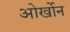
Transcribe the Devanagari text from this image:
ओर्खोन